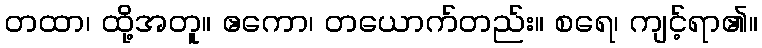
တထာ၊ ထို့အတူ။ ဧကော၊ တယောက်တည်း။ စရေ၊ ကျင့်ရာ၏။